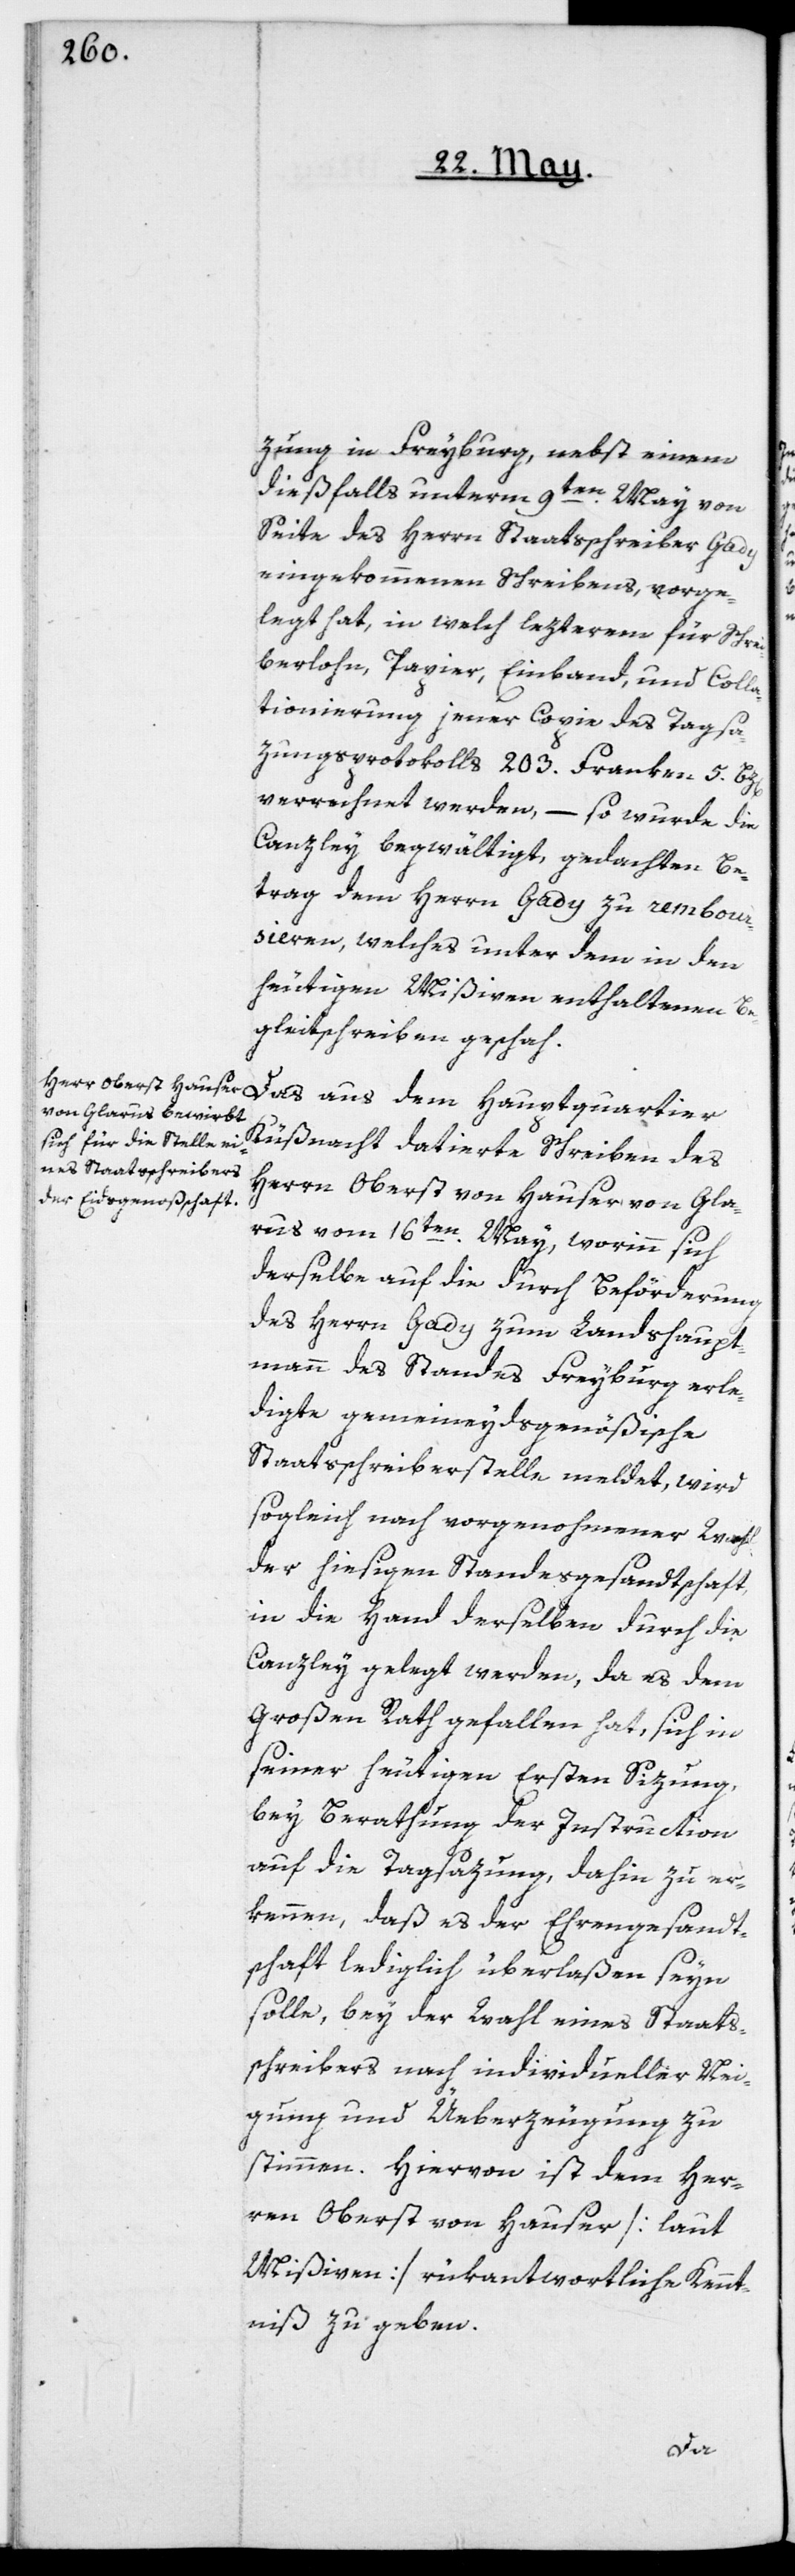
zung in Freyburg, nebst einem
dießfalls unterm 9ten May von
Seite des Herrn Staatsschreiber Gady
eingekommenen Schreibens, vorge¬
legt hat, in welch lezterem für Schrei¬
berlohn, Papier, Einband, und Colla¬
tionierung jener Copie des Tagsa¬
zungsprotokolls 203. Franken 5. Bt¬
verrechnet werden, – so wurde die
Canzley begwältigt, gedachten Be¬
trag dem Herrn Gady zu rembour¬
sieren, welches unter dem in den
heutigen Mißiven enthaltenen Be¬
gleitschreiben geschah.
Küßnacht datierte Schreiben des
Herrn Oberst von Hauser von Gla¬
rus, vom 16ten May, worinn sich
derselbe auf die durch Beförderung
des Herrn Gady zum Landshaupt¬
mann des Standes Freyburg erle¬
digte gemeineydsgenößische
Staatsschreiberstelle meldet, wird
sogleich nach vorgenohmener Wahl
der hiesigen Standesgesandtschaft
in die Hand derselben durch die
Canzley gelegt werden, da es dem
großen Rath gefallen hat, sich in
seiner heutigen Ersten Sizung,
bey Berathung der Instruction
auf die Tagsazung, dahin zu er¬
kennen, daß es der Ehrengesandt¬
schaft lediglich überlaßen seyn
solle, bey der Wahl eines Staats¬
schreibers nach individueller Nei¬
gung und Üeberzeugung zu
stimmen. Hiervon ist dem Her¬
ren Oberst von Hauser [laut
Mißiven] rükantwortliche Kennt¬
niß zu geben.
dem